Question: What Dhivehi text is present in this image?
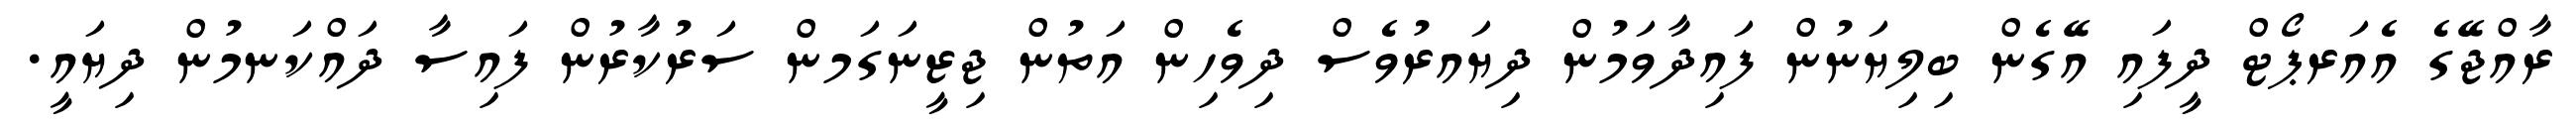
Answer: ރާއްޖޭގެ އެއަރޕޯޓް ދީފައި އޭގެން ބިލިޔަނުން ފައިދާވަމުން ދިޔައރުވެސް ދިވެހިން އަތުން ޖިޒީނަގަމން ސަރުކާރުން ފައިސާ ދައްކަނމުން ދިޔައީ.